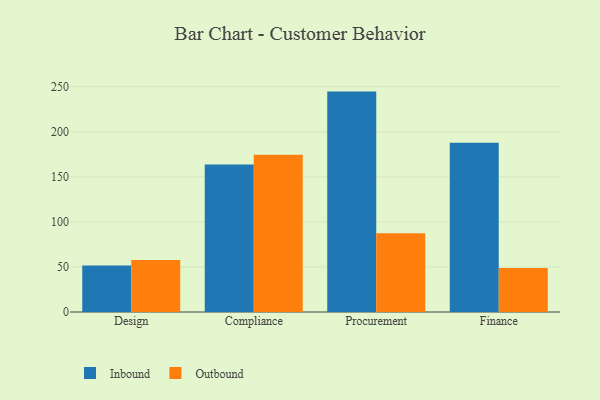
{"axis": {"x": "Department", "y": "Tickets Resolved"}, "legend": ["Inbound", "Outbound"], "data": [{"x": "Design", "y": 51.6, "type": "Inbound"}, {"x": "Design", "y": 57.7, "type": "Outbound"}, {"x": "Compliance", "y": 163.7, "type": "Inbound"}, {"x": "Compliance", "y": 174.5, "type": "Outbound"}, {"x": "Procurement", "y": 244.6, "type": "Inbound"}, {"x": "Procurement", "y": 87.4, "type": "Outbound"}, {"x": "Finance", "y": 187.7, "type": "Inbound"}, {"x": "Finance", "y": 48.8, "type": "Outbound"}]}